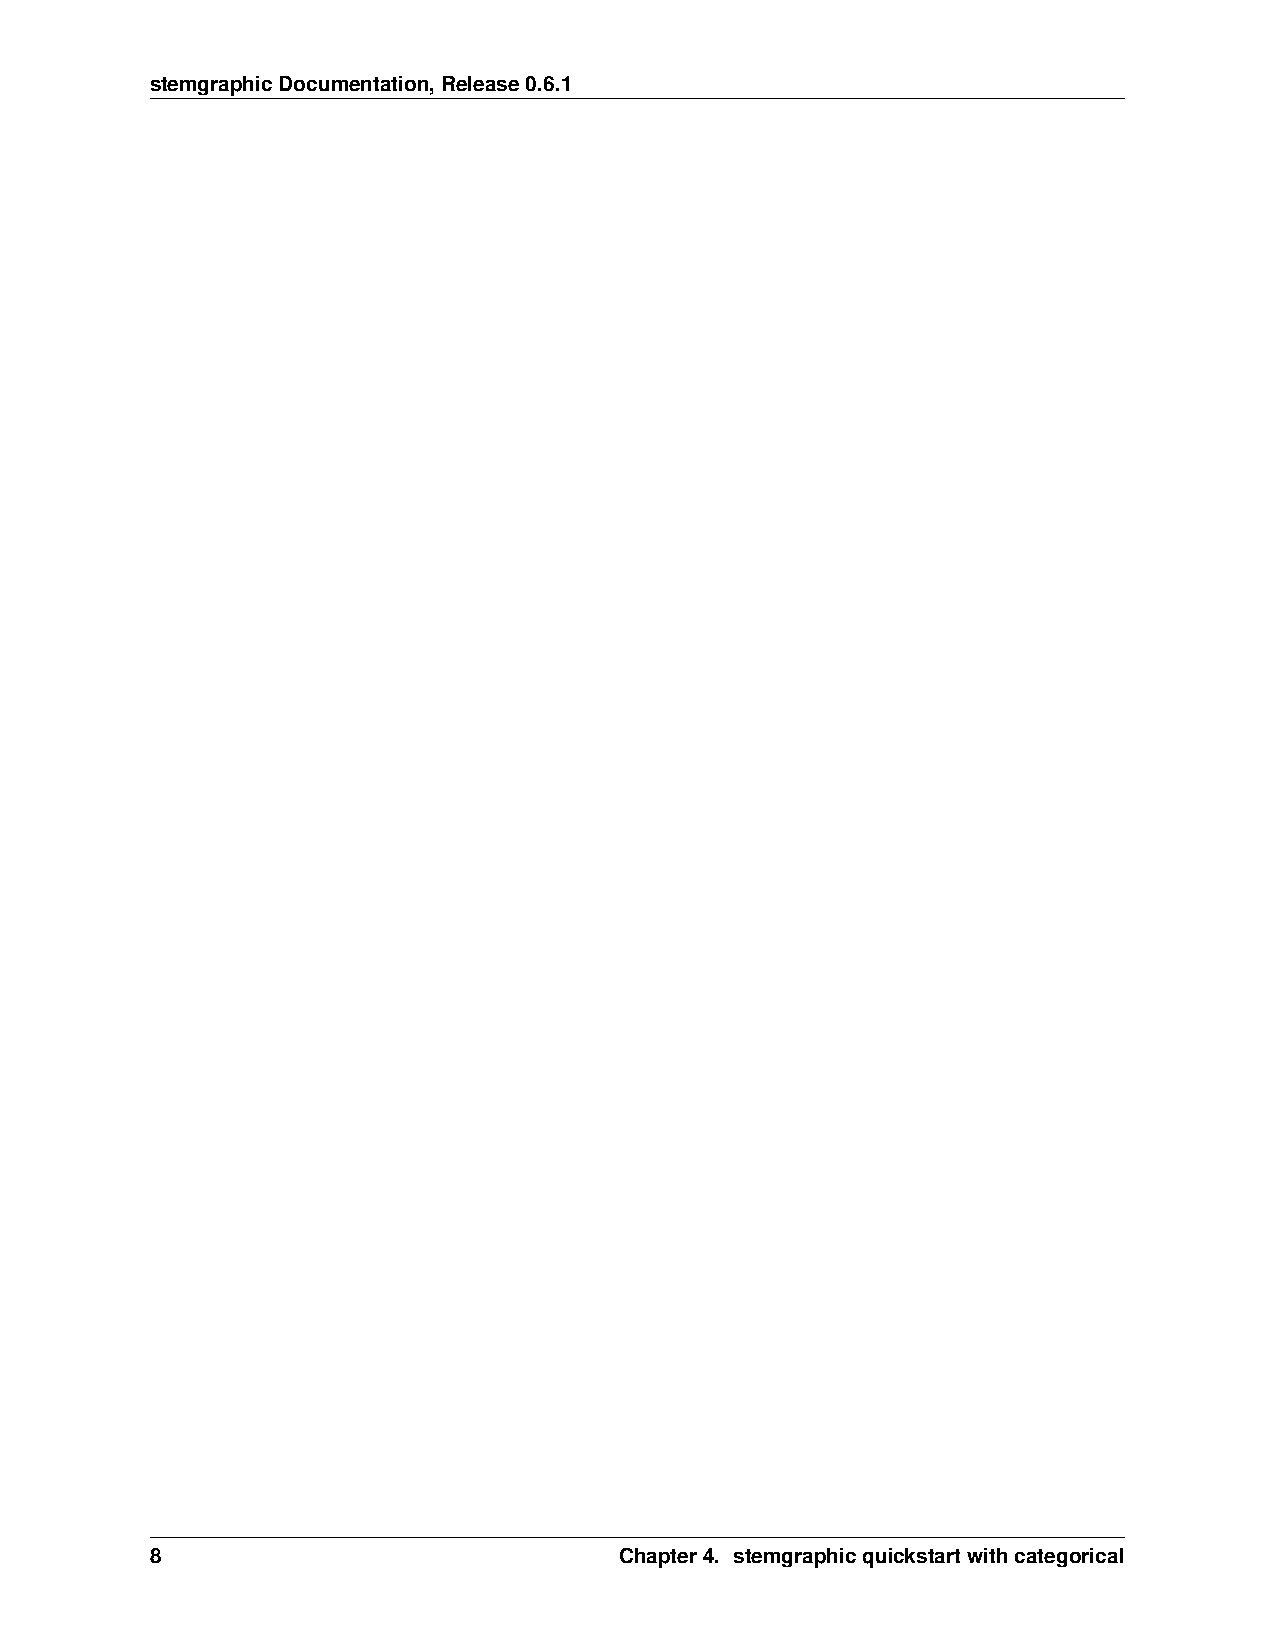
stemgraphicDocumentation,Release0.6.1
 8                              Chapter4. stemgraphicquickstartwithcategorical